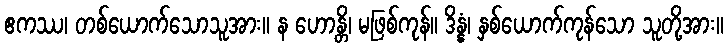
ဧကဿ၊ တစ်ယောက်သောသူအား။ န ဟောန္တိ၊ မဖြစ်ကုန်။ ဒိန္နံ၊ နှစ်ယောက်ကုန်သော သူတို့အား။